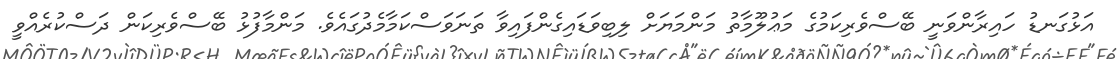
އަޅުގަނޑު ހައިރާންވަނީ ބޭސްވެރިކަމުގެ މަޢުލޫމާތު މަންމަޔަށް ލިބިވަޑައިގެންފައިވާ ތަނަވަސްކަމާމެދުގައެވެ. މަންމާފުޅު ބޭސްވެރިކަން ދަސްކުރެއްވީ